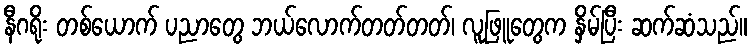
နီဂရိုး တစ်ယောက် ပညာတွေ ဘယ်လောက်တတ်တတ်၊ လူဖြူတွေက နှိမ်ပြီး ဆက်ဆံသည်။